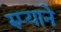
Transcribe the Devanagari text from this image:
रुप्याने